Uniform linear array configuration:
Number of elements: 12
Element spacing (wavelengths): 0.25
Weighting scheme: binomial
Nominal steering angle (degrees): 45
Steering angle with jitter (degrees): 46.38
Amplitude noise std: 0.05
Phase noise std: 0.05

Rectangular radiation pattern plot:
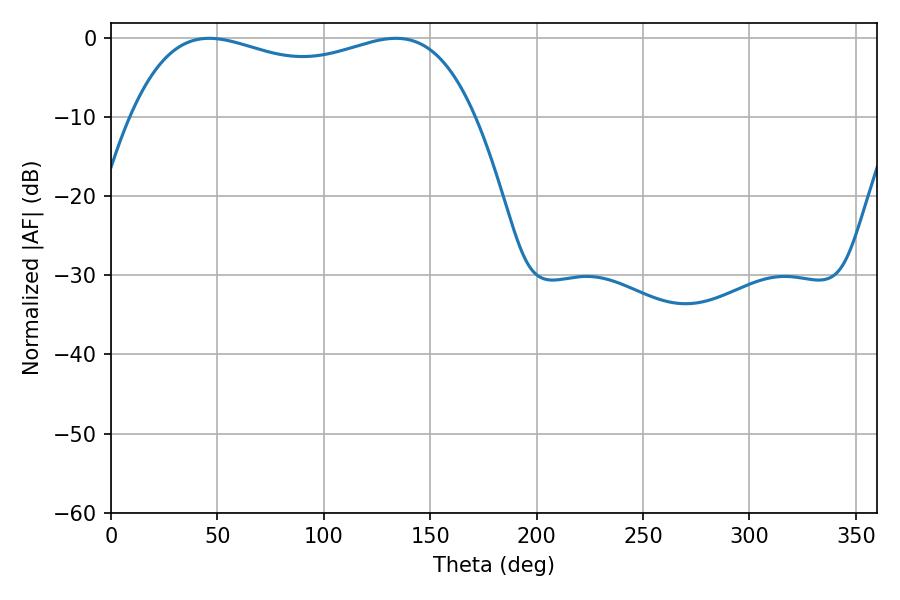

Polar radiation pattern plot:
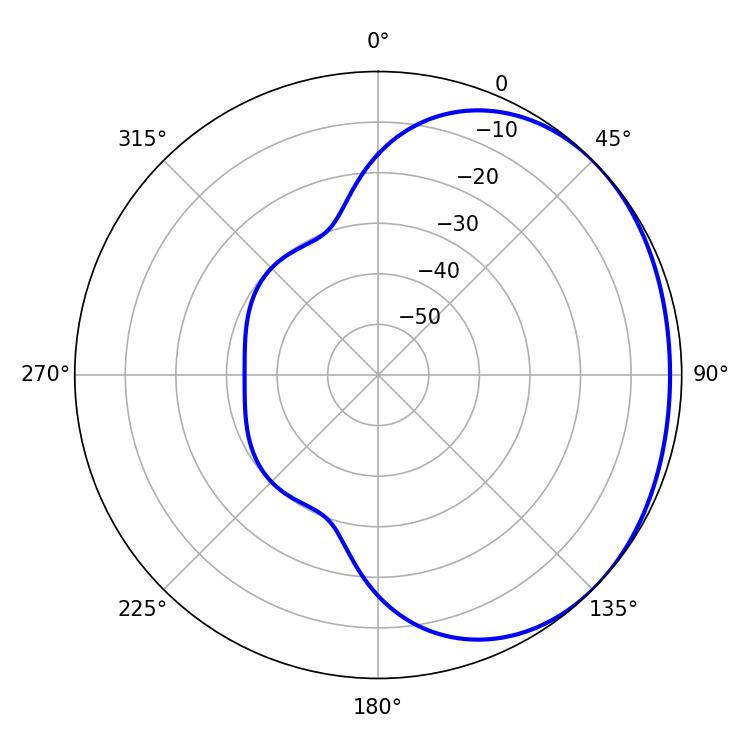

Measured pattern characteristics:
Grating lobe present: FALSE
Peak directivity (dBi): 1.342
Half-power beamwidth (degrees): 132.12
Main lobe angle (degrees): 46.08